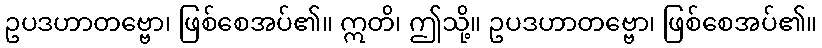
ဥပဒဟာတဗ္ဗော၊ ဖြစ်စေအပ်၏။ ဣတိ၊ ဤသို့။ ဥပဒဟာတဗ္ဗော၊ ဖြစ်စေအပ်၏။